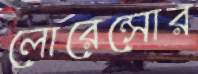
লোরেন্সোর